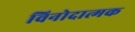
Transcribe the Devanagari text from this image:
विनोदात्मक